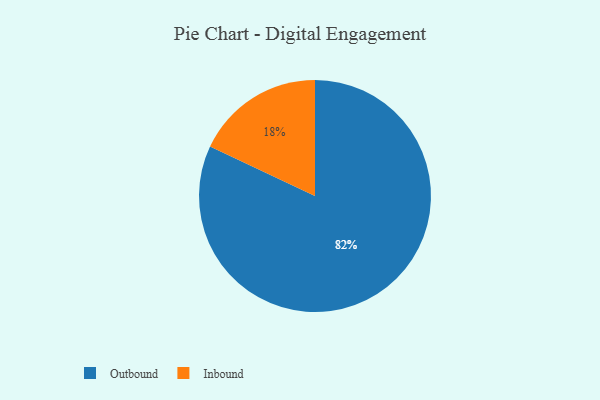
{"axis": {"x": "Category", "y": "Percentage"}, "legend": ["Inbound", "Outbound"], "data": [{"x": "Inbound", "y": 18, "type": "Inbound"}, {"x": "Outbound", "y": 82, "type": "Outbound"}]}